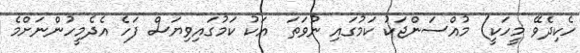
ހެކިދެވޭ މީހަކީ) މުއްސަންޖަކު ކަމުގައި ނުވަތަ  އަކު ކަމުގައިވިޔަސް ފަހެ އެދެމީހުންނަށްމެ